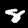
Digit: 8